Sanitation, dispensaries and jails vaccination Rajputana 1922-1927 - 1922-1927
Year: 1922
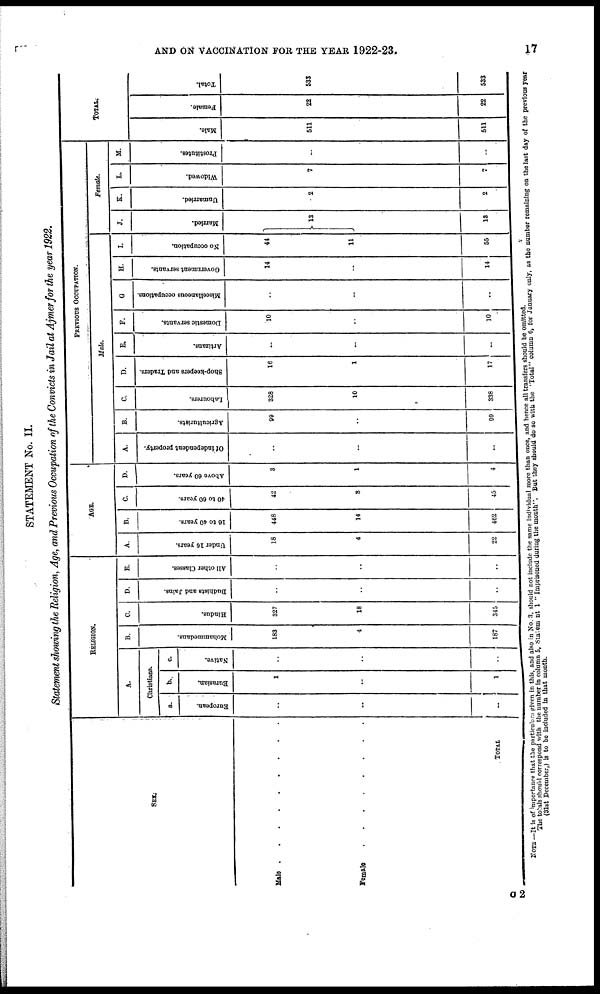
AND ON VACCINATION FOR THE YEAR 1922-23.
17
STATEMENT No. II.
Statement showing the Religion, Age, and Previous Occupation of the Convicts in Jail at Ajmer for the year 1922.
SEX.
Male . . . . . . . . .
Female . . . . . . . . .
TOTAL
RELIGION.
A.
Christians.
a.
European.
..
..
..
b.
Eurasian.
1
..
1
c.
Native.
..
..
..
B.
Mohammedans.
1183
4
187
C.
Hindus.
327
18
345
D.
Budhists and Jains.
..
..
..
E.
All
other Classes.
..
..
..
AGE.
A.
Under 16 years.
18
4
22
B.
16 to 40 years.
448
14
462
C.
40 to 60 years.
42
3
45
D.
Above 60 years.
3
1
4
PREVIOUS OCCUPATION.
Male.
A.
Of independent property.
..
..
..
B.
Agriculturists.
90
..
99
C.
Labourers.
328
10
338
D.
Shop-keepers and Traders.
16
1
17
E.
Artizans.
..
..
..
F.
Domestic servants.
10
..
10
G
Miscellaneous occupations.
..
..
..
H.
Government servants.
14
..
14
I.
No occupation.
44
11
55
Female.
J.
Married.
13
13
K.
Unmarried.
2
2
L.
Widowed.
7
7
M.
Prostitutes.
..
..
TOTAL.
Male.
511
511
Female.
22
22
Total.
533
533
NOTE—It is of importance that the particulars given in this, and also in No. 3, should not include the same individual more than once, and hence all transfers should be omitted.
The totals should correspond with the number in column 5, Statement 1 " Imprisoned during the month". But they should do so with the " Total" column 6, for January only, as the number remaining on the last day of the previous year
(31st December,) is to be included in that month.
C 2